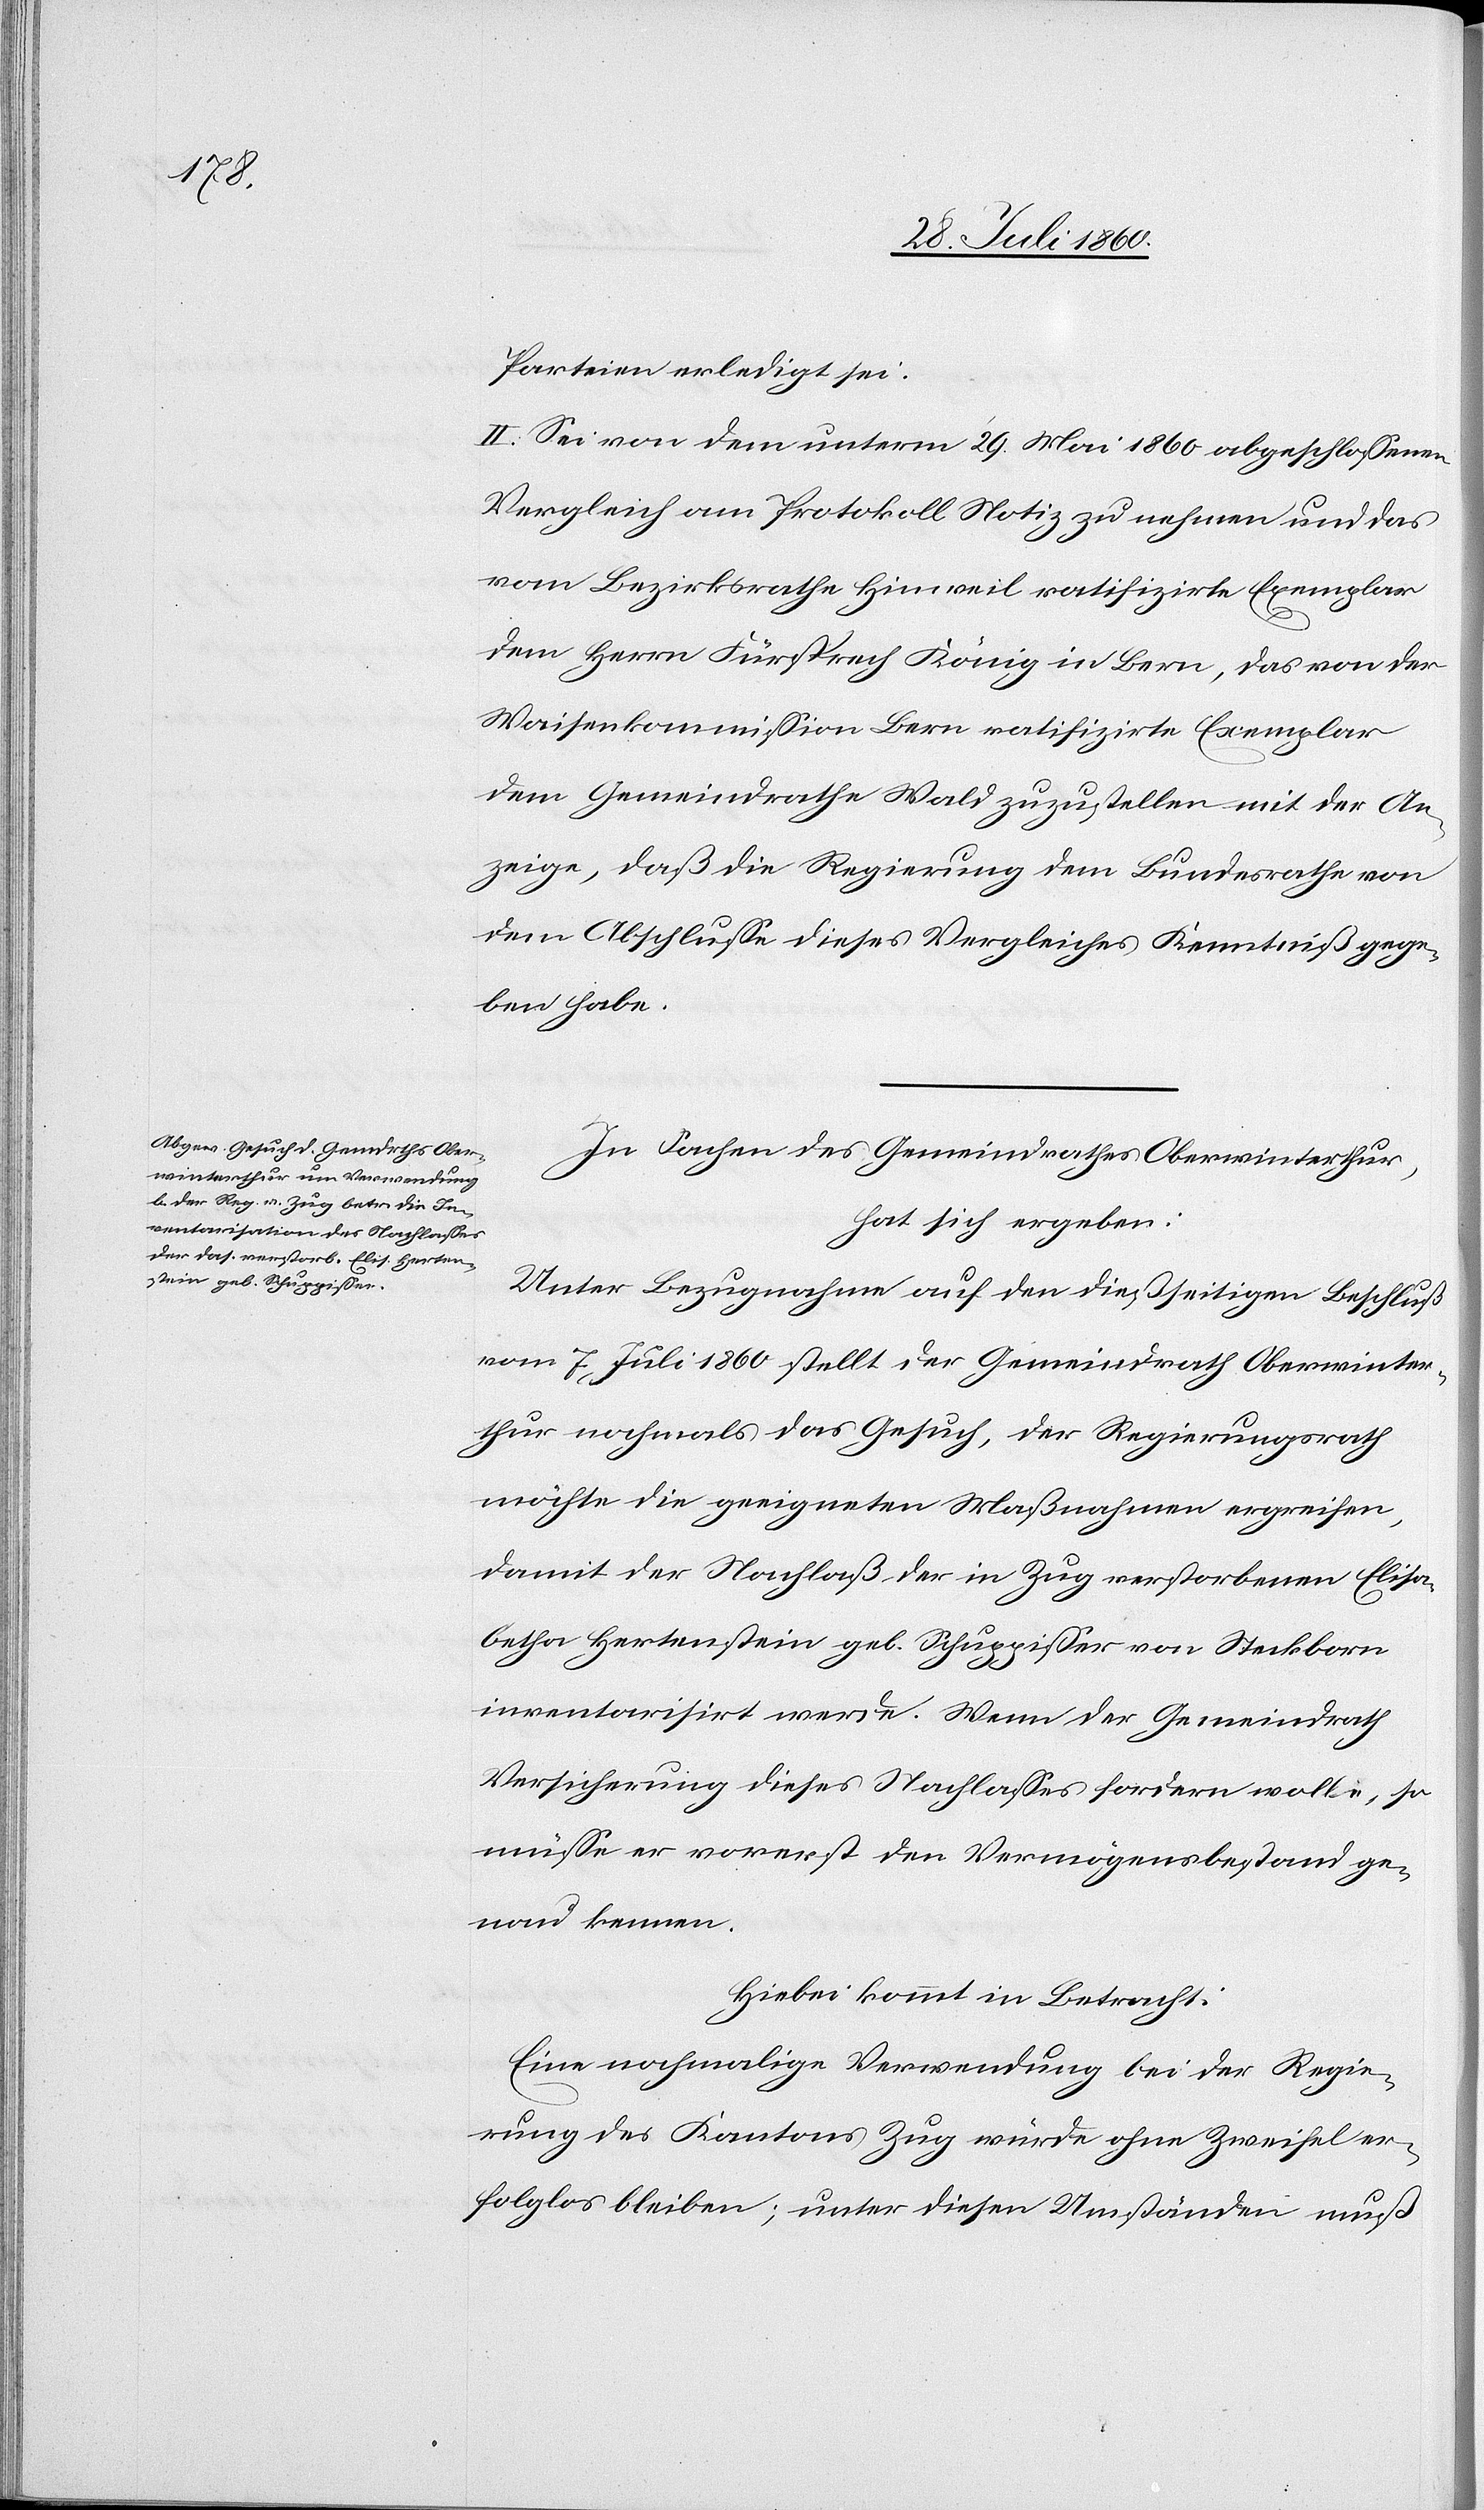
Parteien erledigt sei.
II. Sei von dem unterm 29. Mai 1860 abgeschlossenen
Vergleich am Protokoll Notiz zu nehmen und das
vom Bezirksrath Hinweil ratifizirte Exemplar
dem Herrn Fürsprech König in Bern[,] das von der
Waisenkommission Bern ratifizirte Exemplar
dem Gemeindrathe Wald zuzustellen mit der An¬
zeige, dass die Regierung dem Bundesrathe von
dem Abschlusse dieses Vergleiches Kenntniss gege¬
ben habe.
In Sachen des Gemeindrathes Oberwinterthur
hat sich ergeben:
Unter Bezugnahme auf den diesseitigen Beschluß
vom 7. Juli 1860 stellt der Gemeindrath Oberwinter¬
thur nochmals das Gesuch, der Regierungsrath
möchte die geeigneten Maßnahmen ergreifen,
damit der Nachlass der in Zug verstorbenen Elisa¬
betha Hertenstein geb. Schuppisser von Steckborn
inventarisirt werde. Wenn der Gemeindrath
Versicherung dieses Nachlasse fordern wolle, so
müsse er vorerst den Vermögensbestand ge¬
nau kennen.
Hiebei kommt in Betracht:
Eine nochmalige Verwendung bei der Regie¬
rung des Kantons Zug würde ohne Zweifel er¬
folglos bleiben; unter diesen Umständen muss